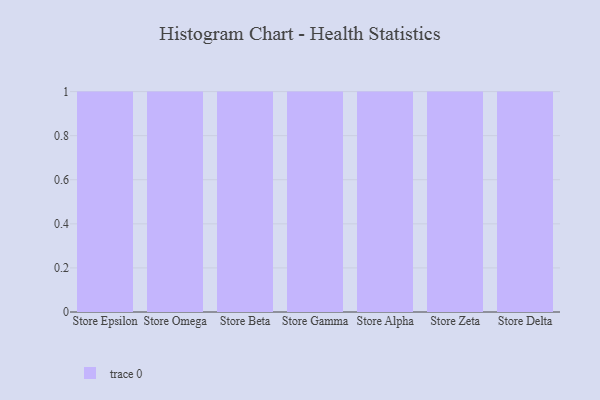
{"axis": {"x": "Store", "y": "Demand Index"}, "legend": [""], "data": [{"x": "Store Epsilon", "y": 94, "type": ""}, {"x": "Store Omega", "y": 21, "type": ""}, {"x": "Store Beta", "y": 73, "type": ""}, {"x": "Store Gamma", "y": 50, "type": ""}, {"x": "Store Alpha", "y": 20, "type": ""}, {"x": "Store Zeta", "y": 88, "type": ""}, {"x": "Store Delta", "y": 55, "type": ""}]}